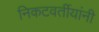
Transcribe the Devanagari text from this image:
निकटवर्तीयांनी